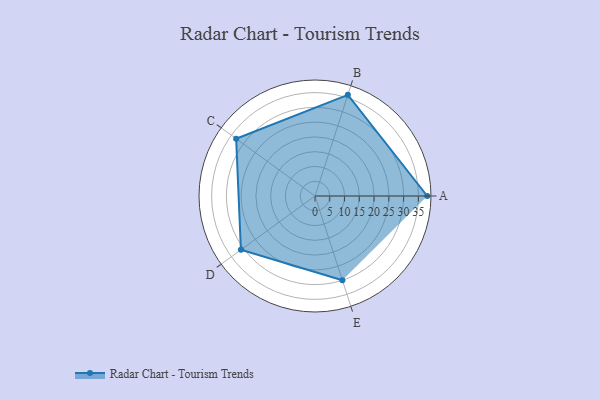
{"axis": {"x": "Skill", "y": "Score"}, "legend": ["Profile"], "data": [{"x": "A", "y": 38.0, "type": "Profile"}, {"x": "B", "y": 36.0, "type": "Profile"}, {"x": "C", "y": 33.0, "type": "Profile"}, {"x": "D", "y": 31.0, "type": "Profile"}, {"x": "E", "y": 30.0, "type": "Profile"}]}